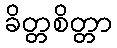
ခိတ္တစိတ္တာ